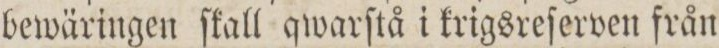
bewäringen ſkall qwarſtå i krigsreſerven från